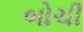
બોચી